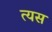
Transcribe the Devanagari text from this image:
त्यस